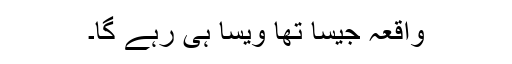
واقعہ جیسا تھا ویسا ہی رہے گا۔